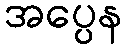
အပ္ပေန